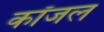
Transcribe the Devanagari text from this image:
कॉजल